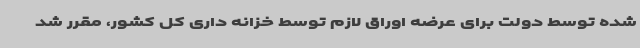
شده توسط دولت برای عرضه اوراق لازم توسط خزانه داری کل کشور، مقرر شد